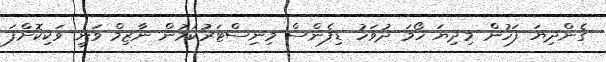
ގެންދިޔަ ފަހުން މިދިޔަ ހޯމަ ދުވަހު ޑިފެންސް މިނިސްޓަރުކަމުން ނާޒިމް ވަނީ ވަކިކޮށްފަ